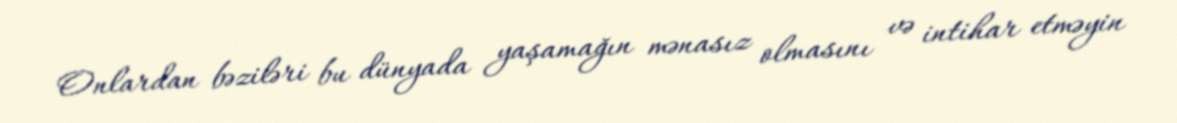
Onlardan bəziləri bu dünyada yaşamağın mənasız olmasını və intihar etməyin